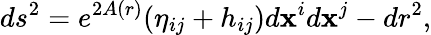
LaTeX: ds^{2}=e^{2A(r)}(\eta_{ij}+h_{ij})d\mathbf{x}^{i}d\mathbf{x}^{j}-dr^{2},